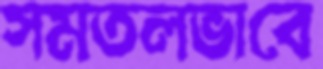
সমতলভাবে